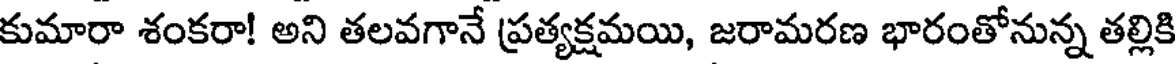
కుమారా శంకరా! అని తలవగానే ప్రత్యక్షమయి, జరామరణ భారంతోనున్న తల్లికి